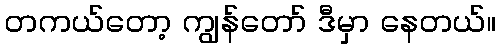
တကယ်တော့ ကျွန်တော် ဒီမှာ နေတယ်။